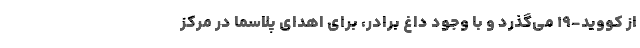
از کووید-۱۹ می‌گذرد و با وجود داغ برادر، برای اهدای پلاسما در مرکز